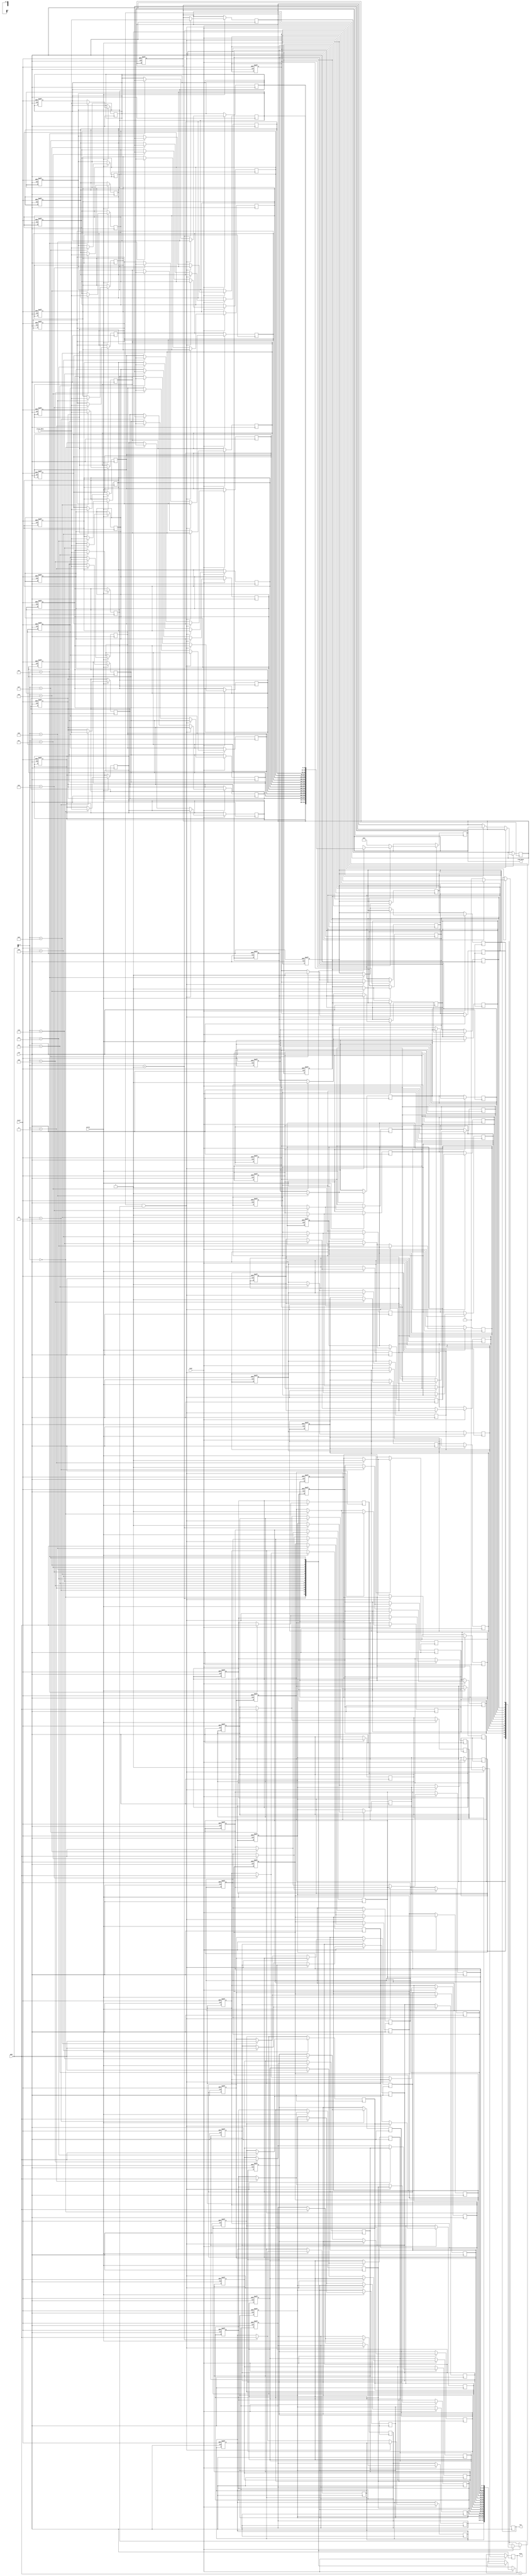
module WriteThroughCache #(
    parameter CACHE_SIZE = 256, // Total cache size in bytes
    parameter BLOCK_SIZE = 16,   // Block size in bytes
    parameter NUM_BLOCKS = CACHE_SIZE / BLOCK_SIZE,
    parameter ADDR_WIDTH = 8,    // Address width for the cache
    parameter DATA_WIDTH = 32     // Data width for the cache
)(
    input wire clk,
    input wire reset,
    input wire [ADDR_WIDTH-1:0] addr, // Address input
    input wire [DATA_WIDTH-1:0] write_data, // Data to write
    input wire read, // Read request
    input wire write, // Write request
    output reg [DATA_WIDTH-1:0] read_data, // Data output
    output reg hit, // Cache hit signal
    output reg miss // Cache miss signal
);

    // Cache block structure
    reg [DATA_WIDTH-1:0] cache_data[0:NUM_BLOCKS-1]; // Data array
    reg [ADDR_WIDTH-1:0] cache_tag[0:NUM_BLOCKS-1]; // Tag array
    reg valid[0:NUM_BLOCKS-1]; // Valid bits

    // Address breakdown
    wire [ADDR_WIDTH-1:0] tag = addr[ADDR_WIDTH-1:ADDR_WIDTH - $clog2(NUM_BLOCKS) - $clog2(BLOCK_SIZE)];
    wire [$clog2(NUM_BLOCKS)-1:0] index = addr[$clog2(NUM_BLOCKS) +: $clog2(NUM_BLOCKS)];
    wire [$clog2(BLOCK_SIZE)-1:0] offset = addr[$clog2(BLOCK_SIZE)-1:0];

    // Cache initialization
    integer i;
    always @(posedge clk or posedge reset) begin
        if (reset) begin
            for (i = 0; i < NUM_BLOCKS; i = i + 1) begin
                valid[i] <= 0;
                cache_tag[i] <= 0;
                cache_data[i] <= 0;
            end
        end
    end

    // Read operation
    always @(posedge clk) begin
        if (read) begin
            if (valid[index] && (cache_tag[index] == tag)) begin
                // Cache hit
                read_data <= cache_data[index];
                hit <= 1;
                miss <= 0;
            end else begin
                // Cache miss
                // Here you would normally fetch from main memory
                // For simulation, we assume main memory is just a simple array
                // read_data <= main_memory[addr]; // Uncomment for actual memory access
                read_data <= 0; // Placeholder for main memory data
                hit <= 0;
                miss <= 1;

                // Update cache with fetched data (simulated)
                cache_data[index] <= read_data; // Simulate fetching data from memory
                cache_tag[index] <= tag;
                valid[index] <= 1;
            end
        end
    end

    // Write operation
    always @(posedge clk) begin
        if (write) begin
            // Write to cache and main memory
            cache_data[index] <= write_data; // Update cache
            cache_tag[index] <= tag; // Update tag
            valid[index] <= 1; // Set valid bit

            // Simulate writing to main memory
            // main_memory[addr] <= write_data; // Uncomment for actual memory access
        end
    end

endmodule